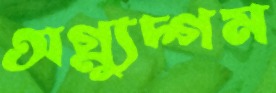
অগ্ন্যুদ্গম